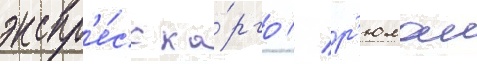
экспр'е́сс ка́рго // Г'юлаи